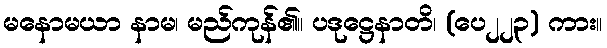
မနောမယာ နာမ၊ မည်ကုန်၏။ ပဒုဋ္ဌေနာတိ၊ (ပေ၂၂၃) ကား။